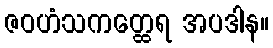
ဇဝဟံသကတ္ထေရ အပဒါန။